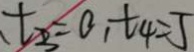
、 t _ { 3 } = 0 , t _ { 4 } = 5